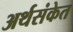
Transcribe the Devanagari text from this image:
अर्थसंकेत